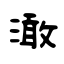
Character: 澉